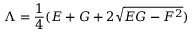
\Lambda = \frac { 1 } { 4 } ( E + G + 2 \sqrt { E G - F ^ { 2 } } )